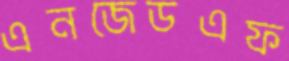
এনজেডএফ